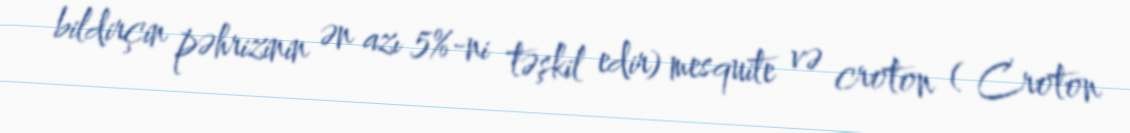
bildirçin pəhrizinin ən azı 5%-ni təşkil edir) mesquite və croton ( Croton